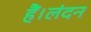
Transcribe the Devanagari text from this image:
हैं।लंदन